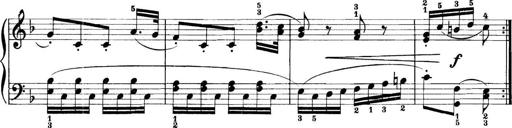
Title: 11 Sonatinas
Composer: Anton Diabelli